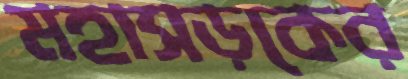
মহাসড়কের